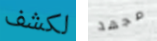
لكشف مجهد